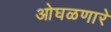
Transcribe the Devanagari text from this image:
ओघळणारे